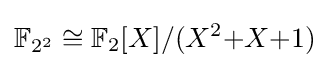
\mathbb {F} _{2^{2}}\cong \mathbb {F} _{2}[X]/(X^{2}{+}X{+}1)